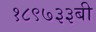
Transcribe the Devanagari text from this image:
१८९७३३बी